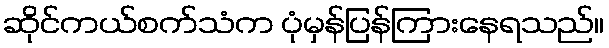
ဆိုင်ကယ်စက်သံက ပုံမှန်ပြန်ကြားနေရသည်။